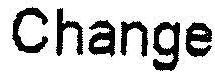
CHANGE